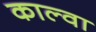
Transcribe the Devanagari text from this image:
काल्वा